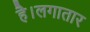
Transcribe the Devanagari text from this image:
है।लगातार